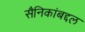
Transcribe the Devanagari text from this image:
सैनिकांबद्दल